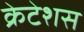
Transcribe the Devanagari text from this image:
क्रेटेशस